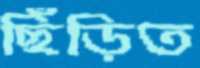
ছিঁড়িত